Burma Government Medical School reports 1907-22
Year: 1907
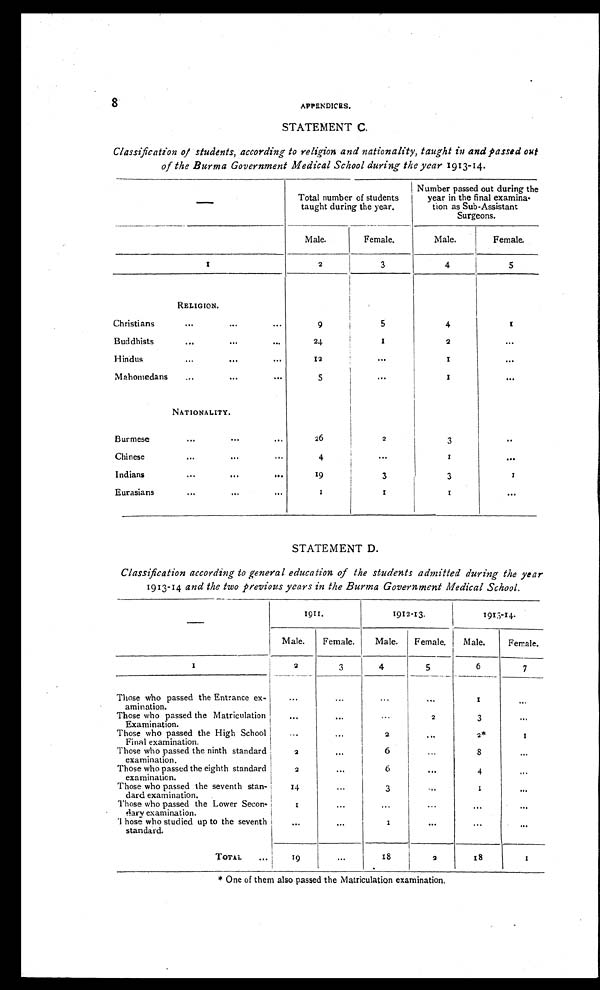
8
APPENDICES.
STATEMENT C.
Classification of students, according to religion and nationality, taught in and passed out
of the Burma Government Medical School during the year 1913-14.
—
Total number of students
taught during the year.
Number passed out during the
year in the final examina -
tion as Sub-Assistant
Surgeons.
Male.
Female.
Male.
Female.
I
2
3
4
5
RELIGION.
Christians
...
...
. . . 9
5
4
1
Buddhists
. . .
. . .
...
24
I
2
. . .
Hindus
...
. . .
...
1 2
. . .
I
. . .
Mahomedans
...
. . .
...
5
. . .
I
. . .
NATIONALITY.
Burmese
....
...
...
26
2
3
. . .
Chinese
...
. . .
...
4
. . . .
1
. . .
I n d i a n s
. . .
. . .
. . .
19
3
3
r
Eurasians
...
. . . .
. . . .
1
1
1
. . .
STATEMENT D.
Classification according to general education of the students admitted during the year
1913-14 and the two previous years in the Burma Government Medical School.
—
1911.
1912-13.
1913-14.
Male.
Female.
Male.
Female.
Male.
Female.
I
2
3
4
5
6
7
Those who passed the Entrance ex-
amination.
. . .
. . .
...
...
1
. . .
Those who passed the Matriculation
Examination.
...
...
. . .
2
3
. . .
Those who passed the High School
Fi nal exami nat i on.
. . .
. . .
2
. . .
2*
1
Those who passed the ninth standard
examination.
2
...
6
. . .
8
. . .
Those who passed the eighth standard
examination.
2
. . .
6
. . .
4
. . .
Those who passed the seventh stan-
dard examination.
14
...
3
. . .
I
. . .
Those who passed the Lower Secon-
dary examination.
1
...
...
...
. . .
. . .
T hose who studied up to the seventh
standard.
...
...
1
. . .
. . .
. . .
TOTAL
. . .
19
...
18
9
1 8
1
* One of them also passed the Matriculation examination.